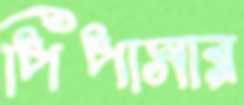
পিপাসার